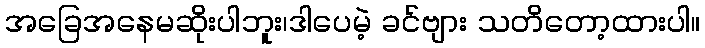
အခြေအနေမဆိုးပါဘူး၊ဒါပေမဲ့ ခင်ဗျား သတိတော့ထားပါ။